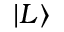
| L \rangle